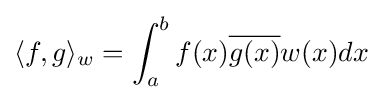
\langle f,g\rangle _{w}=\int _{a}^{b}f(x){\overline {g(x)}}w(x)dx